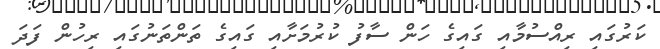
ކަރުގައި ރިއްސުމާއި ގައިގެ ހަން ސާފު ކުރުމަށާއި ގައިގެ ތަންތަނުގައި ރިހުން ފަދަ